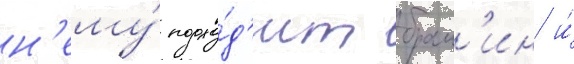
н'ему́ подхо́д'ит брам'ин и́